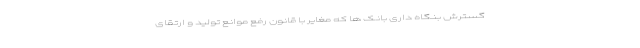
گسترش بنگاه داری بانک ها که مغایر با قانون رفع موانع تولید و ارتقای